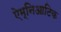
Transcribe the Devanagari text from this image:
ऐम्निआटिक